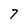
Character: 7